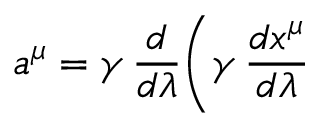
a ^ { \mu } = \gamma \, \frac { d } { d \lambda } \biggl ( \gamma \, \frac { d x ^ { \mu } } { d \lambda }